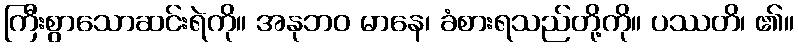
ကြီးစွာသောဆင်းရဲကို။ အနုဘဝ မာနေ၊ ခံစားရသည်တို့ကို။ ပဿတိ၊ ၏။